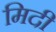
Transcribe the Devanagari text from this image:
मिदी